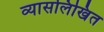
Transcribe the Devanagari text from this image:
व्यासलिखित